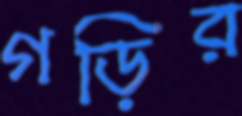
গড়ির